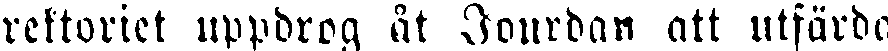
rektoriet uppdrog åt Jourdan att utfärda